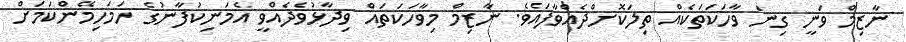
ނާޒިމް ވަނީ ގިނަ ވާހަކަތަކެއް ތިލަކޮށްދެއްވާފައެވެ. ނާޒިމް މިވާހަކަތައް ވިދާޅުވެދެއްވީ އެމަނިކުފާނުގެ ހަމަހިމޭންކަމަށް